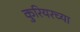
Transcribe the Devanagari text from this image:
कुरियरच्या